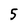
Character: 5